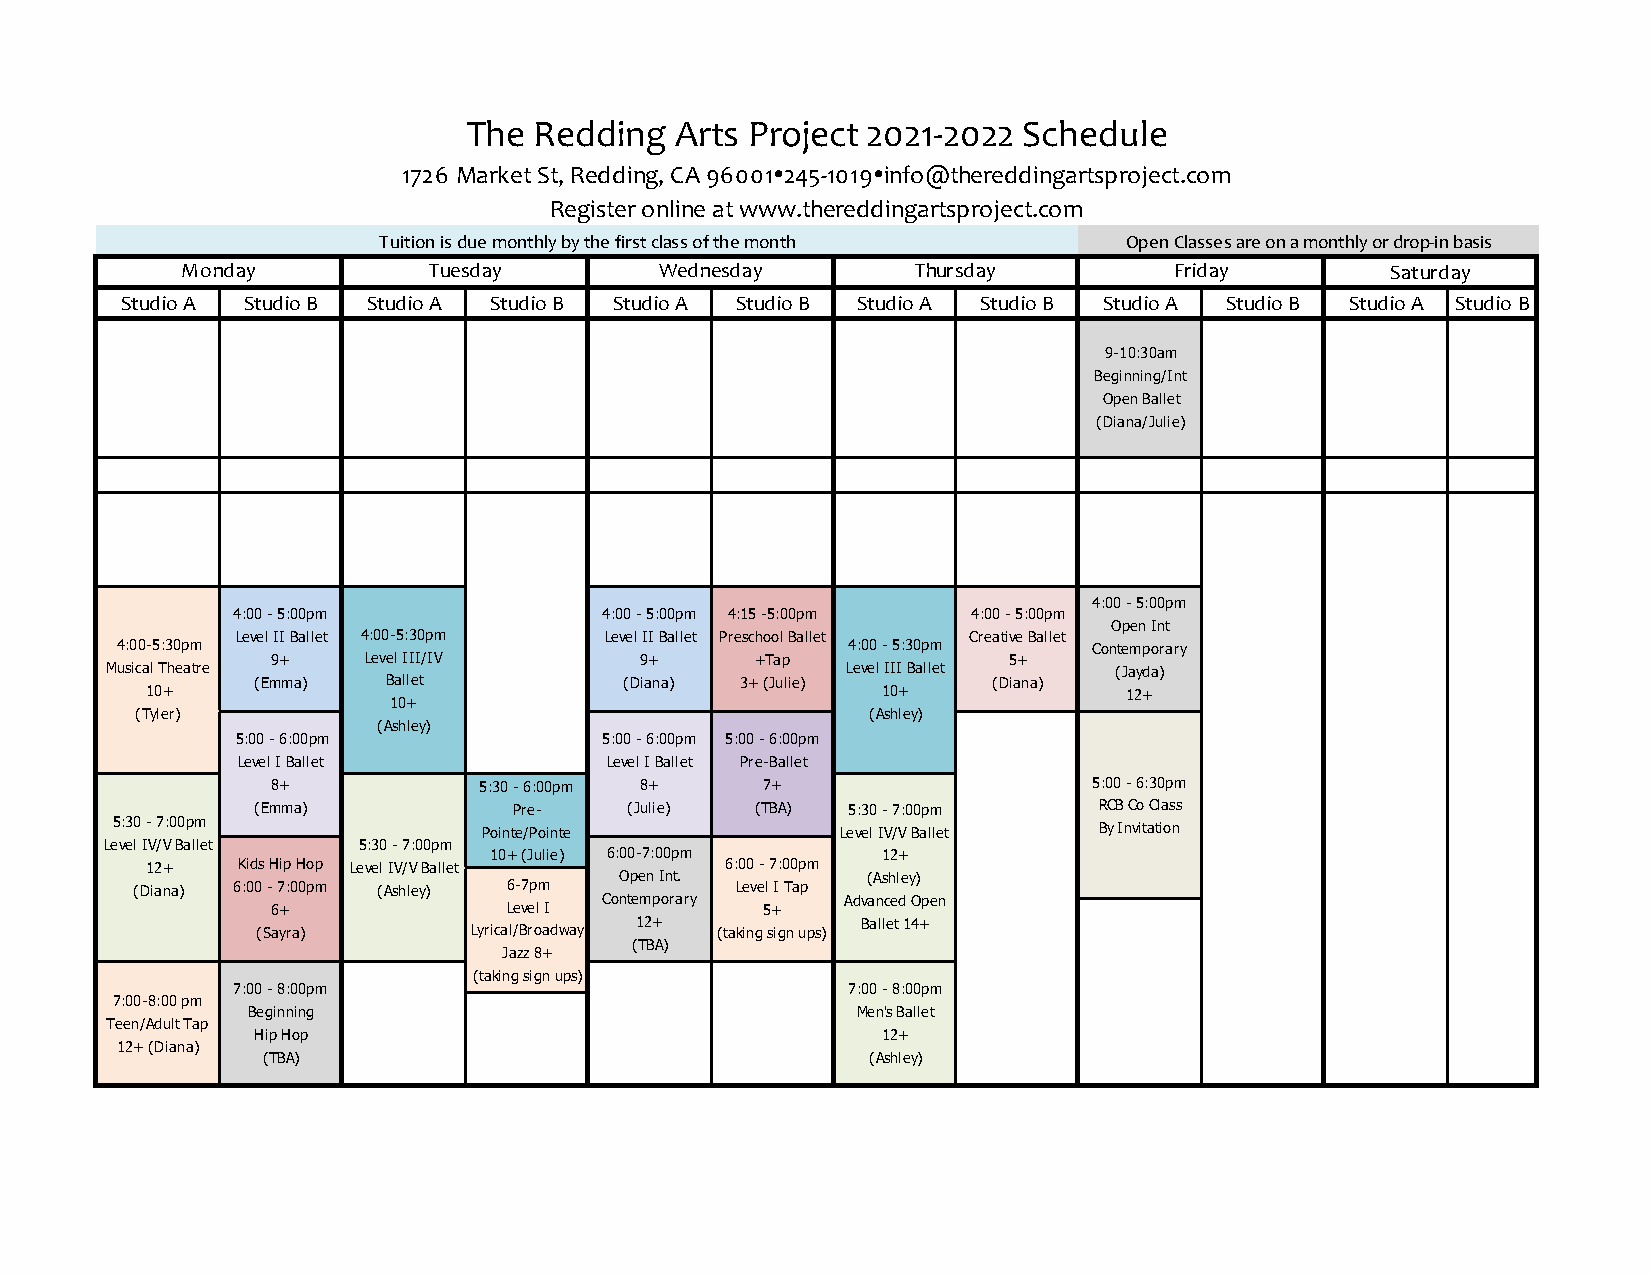
The Redding   Arts Project 2021-2022 Schedule
 1726 Market St, Redding, CA 96001245-1019info@thereddingartsproject.com
 Register online at www.thereddingartsproject.com
 Tuition is due monthly by the first class of the month Open Classes are on a monthly or drop-in basis
 Monday          Tuesday         Wednesday        Thursday         Friday        Saturday
 Studio A Studio B Studio A Studio B Studio A Studio B Studio A Studio B Studio A Studio B Studio A Studio B
 9-10:30am
 Beginning/Int
 Open Ballet
 (Diana/Julie)
 4:00 - 5:00pm
 4:00 - 5:00pm            4:00 - 5:00pm 4:15 -5:00pm 4:00 - 5:00pm
 Open Int
 Level II Ballet 4:00-5:30pm Level II Ballet Preschool Ballet Creative Ballet
 4:00-5:30pm                                     4:00 - 5:30pm   Contemporary
 9+    Level III/IV      9+      +Tap             5+
 Musical Theatre                                  Level III Ballet  (Jayda)
 (Emma)   Ballet         (Diana) 3+ (Julie)       (Diana)
 10+                                             10+             12+
 10+
 (Tyler)                                          (Ashley)
 (Ashley)
 5:00 - 6:00pm           5:00 - 6:00pm 5:00 - 6:00pm
 Level I Ballet          Level I Ballet Pre-Ballet
 8+            5:30 - 6:00pm 8+  7+                    5:00 - 6:30pm
 (Emma)           Pre-    (Julie) (TBA) 5:30 - 7:00pm    RCB Co Class
 5:30 - 7:00pm            Pointe/Pointe           Level IV/V Ballet By Invitation
 Level IV/V Ballet 5:30 - 7:00pm
 10+ (Julie) 6:00-7:00pm   12+
 12+   Kids Hip Hop Level IV/V Ballet  6:00 - 7:00pm
 (Diana) 6:00 - 7:00pm (Ashley) 6-7pm Open Int. Level I Tap (Ashley)
 6+              Level I Contemporary 5+ Advanced Open
 (Sayra)       Lyrical/Broadway 12+ (taking sign ups) Ballet 14+
 (TBA)
 Jazz 8+
 (taking sign ups)
 7:00 - 8:00pm                            7:00 - 8:00pm
 7:00-8:00 pm
 Beginning                                Men's Ballet
 Teen/Adult Tap
 Hip Hop                                  12+
 12+ (Diana)
 (TBA)                                    (Ashley)